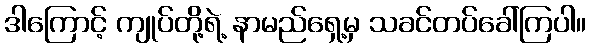
ဒါကြောင့် ကျုပ်တို့ရဲ့ နာမည်ရှေ့မှ သခင်တပ်ခေါ်ကြပါ။